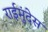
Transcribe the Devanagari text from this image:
राईमुंदेस